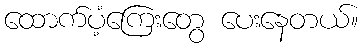
ထောက်ပံ့ကြေးတွေ ပေးနေတယ်။